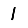
Digit: 1